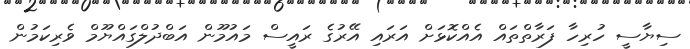
ސިޔާސީ ހުރިހާ ފަރާތްތައް އެއްކޮޅަށް އަރައި އޭރުގެ ރައީސް މައުމޫން އަބްދުލްގައްޔޫމް ވެރިކަމުން